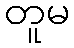
တူမ